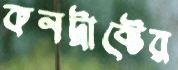
কনট্রাক্টের